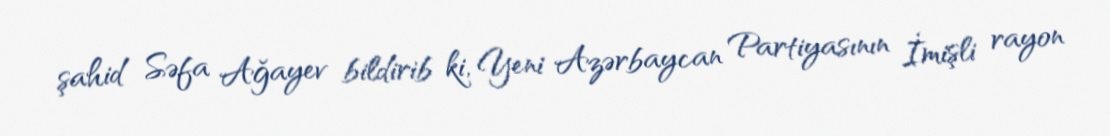
şahid Səfa Ağayev bildirib ki, Yeni Azərbaycan Partiyasının İmişli rayon